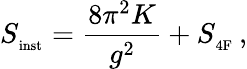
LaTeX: S_{_{\mathrm{inst}}}=\frac{8\pi^{2}K}{g^{2}}+S_{_{\mathrm{4F}}}\, ,